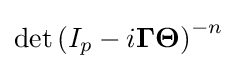
\det \left(I_{p}-i\mathbf {\Gamma } \mathbf {\Theta } \right)^{-n}